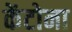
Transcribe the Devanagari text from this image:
केंटोना